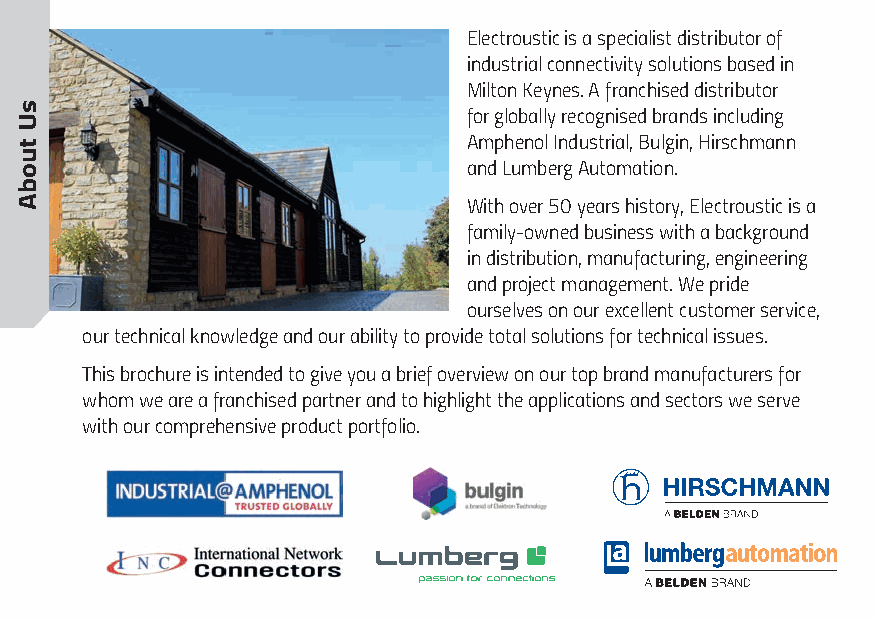
Electroustic is a specialist distributor of
 industrial connectivity solutions based in
 Milton Keynes. A franchised distributor
 for globally recognised brands including
 Amphenol Industrial, Bulgin, Hirschmann
 and Lumberg Automation.
 With over 50 years history, Electroustic is a
 family-owned business with a background
 in distribution, manufacturing, engineering
 and project management. We pride
 ourselves on our excellent customer service,
 our technical knowledge and our ability to provide total solutions for technical issues.
 This brochure is intended to give you a brief overview on our top brand manufacturers for
 whom we are a franchised partner and to highlight the applications and sectors we serve
 with our comprehensive product portfolio.
 sU
 tuobA